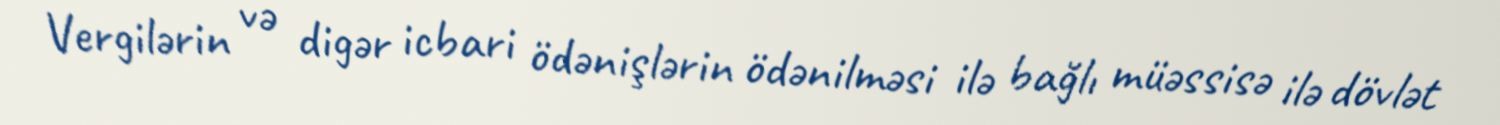
Vergilərin və digər icbari ödənişlərin ödənilməsi ilə bağlı müəssisə ilə dövlət